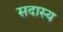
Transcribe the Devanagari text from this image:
सदास्य